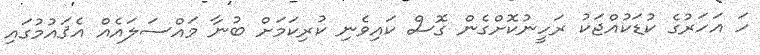
ހަ އަހަރުގެ ކުޑަކުއްޖަކު ރަހީނުކޮށްގެން ގޮސް ކައިވެނި ކުރިކަމަށް ބުނާ މައްސަލައެއް އެޤައުމުގައި